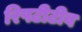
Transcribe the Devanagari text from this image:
रिपटीटीव